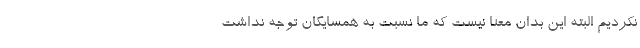
نکردیم البته این بدان معنا نیست که ما نسبت به همسایگان توجه نداشت